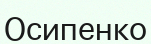
Осипенко